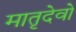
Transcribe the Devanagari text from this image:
मातृदेवो